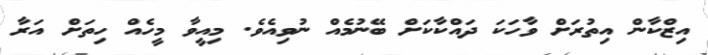
އިޒްކާން އިތުރަށް ވާހަކަ ދައްކާކަށް ބޭނުމެއް ނުވިއެވެ. މިއީވާ މީހެއް ހިތަށް އަރާ